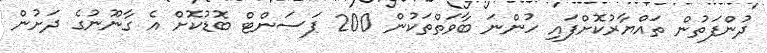
ދުންފަތުން ތައްޔާރުކޮށްފައި ހުންނަ ބާވަތްތަކުން 200 ޕަސަންޓް ބޮޑުކޮށް އެ ގާނޫނުގެ ދަށުން